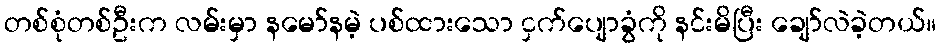
တစ်စုံတစ်ဦးက လမ်းမှာ နမော်နမဲ့ ပစ်ထားသော ငှက်ပျောခွံကို နင်းမိပြီး ချော်လဲခဲ့တယ်။